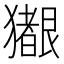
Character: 𪻊